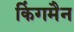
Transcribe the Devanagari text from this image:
किंगमैन